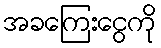
အခကြေးငွေကို